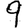
Digit: 9